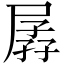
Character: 孱